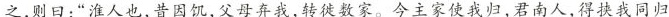
之，则曰：”淮人也，昔因饥，父母弃我，转徙数家。今主家使我归，君南人，得挟我同归